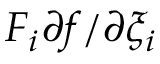
F _ { i } { \partial f } / { \partial \xi _ { i } }